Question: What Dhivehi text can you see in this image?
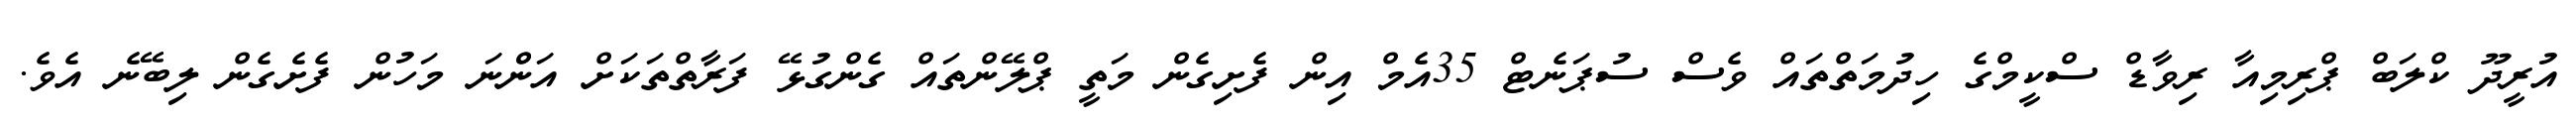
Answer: އުރީދޫ ކްލަބް ޕްރިމިއާ ރިވާޑް ސްކީމްގެ ހިދުމަތްތައް ވެސް ސުޕަނެޓް 35އެމް އިން ފެށިގެން މަތީ ޕްލޭންތައް ގެންގުޅޭ ފަރާތްތަކަށް އަންްނަ މަހުން ފެށެގެން ލިބޭނެ އެވެ.